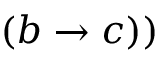
( b \rightarrow c ) )